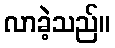
လာခဲ့သည်။